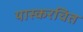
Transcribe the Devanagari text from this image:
यास्करचित